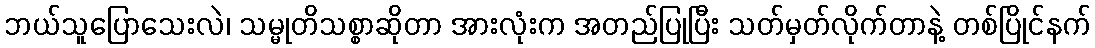
ဘယ်သူပြောသေးလဲ၊ သမ္မုတိသစ္စာဆိုတာ အားလုံးက အတည်ပြုပြီး သတ်မှတ်လိုက်တာနဲ့ တစ်ပြိုင်နက်